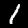
Digit: 1